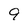
Character: 9